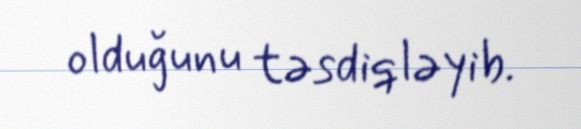
olduğunu təsdiqləyib.